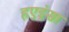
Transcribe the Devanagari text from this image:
हएइंसा